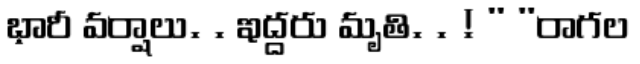
భారీ వర్షాలు. . ఇద్దరు మృతి. . ! " "రాగల